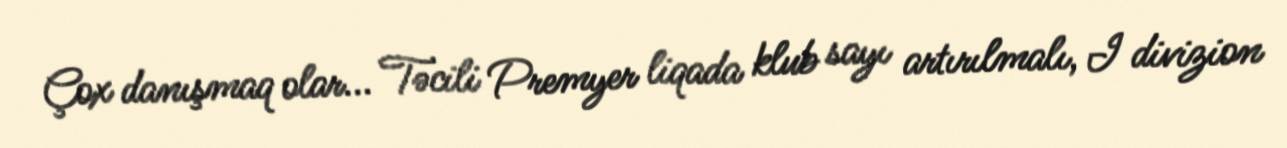
Çox danışmaq olar... Təcili Premyer liqada klub sayı artırılmalı, I divizion